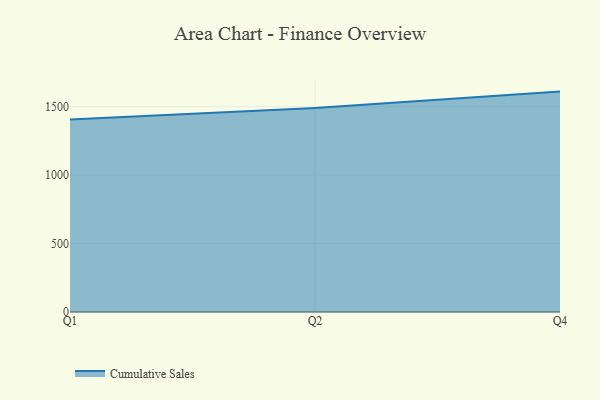
{"axis": {"x": "Quarter", "y": "Conversion Rate (%)"}, "legend": ["Cumulative Sales"], "data": [{"x": "Q1", "y": 1406.3, "type": "Cumulative Sales"}, {"x": "Q2", "y": 1490.0, "type": "Cumulative Sales"}, {"x": "Q4", "y": 1610.5, "type": "Cumulative Sales"}]}